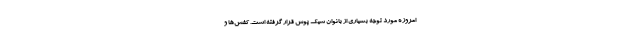
امروزه مورد توجه بسیاری از بانوان شیک پوش قرار گرفته است. کفش‌ها و